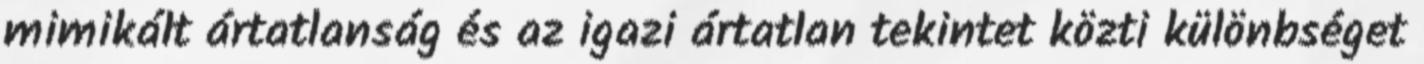
mimikált ártatlanság és az igazi ártatlan tekintet közti különbséget